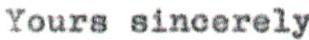
Yours sincerely